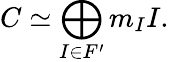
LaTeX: C\simeq\bigoplus_{I\in F^{\prime}}m_{I}I.